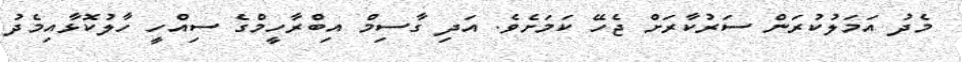
މެދު އަމަލުކުރަން ސަރުކާރަށް ޖެހޭ ކަމަށެވެ. އަދި ގާސިމް އިބްރާހީމްގެ ސިއްހީ ހާލުކޮޅާއިމެދު